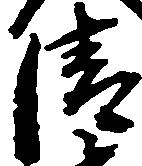
清